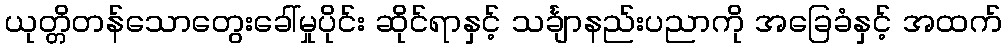
ယုတ္တိတန်သောတွေးခေါ်မှုပိုင်း ဆိုင်ရာနှင့် သင်္ချာနည်းပညာကို အခြေခံနှင့် အထက်